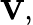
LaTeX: {\mathbf V},